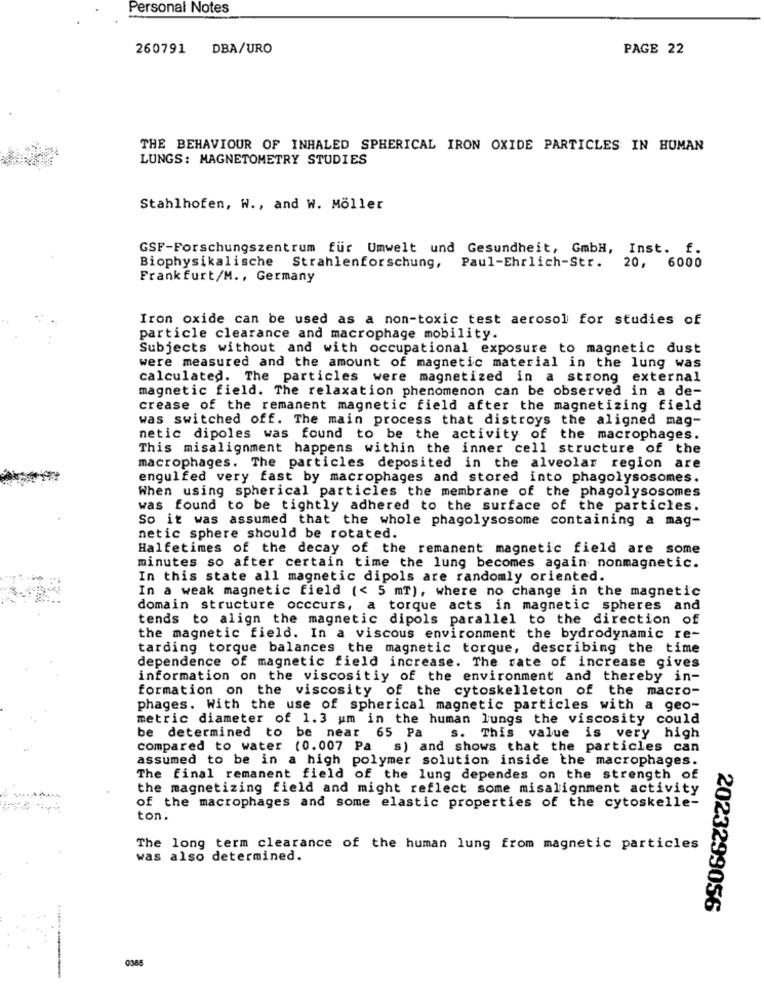
Personal Notes
260791 DBA/URO
PAGE 22
THE BEHAVIOUR OF INHALED SPHERICAL IRON OXIDE PARTICLES IN HUMAN
LUNGS: MAGNETOMETRY STUDIES
Stahlhofen, W ., and W. Möller
GSF-Forschungszentrum für Umwelt und Gesundheit, GmbH, Inst. f.
Biophysikalische Strahlenforschung, Paul-Ehrlich-Str.
20, 6000
Frankfurt/M ., Germany
Iron oxide can be used as a non-toxic test aerosol for studies of
particle clearance and macrophage mobility.
Subjects without and with occupational exposure to magnetic dust
were measured and the amount of magnetic material in the lung was
calculated. The particles were magnetized in a strong external
magnetic field. The relaxation phenomenon can be observed in a de-
crease of the remanent magnetic field after the magnetizing field
was switched off. The main process that distroys the aligned mag-
netic dipoles was found to be the activity of the macrophages.
This misalignment happens within the inner cell structure of the
macrophages. The particles deposited in the alveolar region are
engulfed very fast by macrophages and stored into phagolysosomes.
When using spherical particles the membrane of the phagolysosomes
was found to be tightly adhered to the surface of the particles.
So it was assumed that the whole phagolysosome containing a mag-
netic sphere should be rotated.
Halfetimes of the decay of the remanent magnetic field are some
minutes so after certain time the lung becomes again nonmagnetic.
In this state all magnetic dipols are randomly oriented.
In a weak magnetic field (< 5 mT), where no change in the magnetic
domain structure occcurs, a torque acts in magnetic spheres and
tends to align the magnetic dipols parallel to the direction of
the magnetic field. In a viscous environment the bydrodynamic re-
tarding torque balances the magnetic torque, describing the time
dependence of magnetic field increase. The rate of increase gives
information on the viscositiy of the environment and thereby in-
formation on the viscosity of the cytoskelleton of the macro-
phages. With the use of spherical magnetic particles with a geo-
metric diameter of 1.3 um in the human lungs the viscosity could
be determined to be near 65 Pa
s. This value is very high
compared to water (0.007 Pa s) and shows that the particles can
assumed to be in a high polymer solution inside the macrophages.
The final remanent field of the lung dependes on the strength of
the magnetizing field and might reflect some misalignment activity
of the macrophages and some elastic properties of the cytoskelle-
ton.
The long term clearance of the human lung from magnetic particles
was also determined.
2023299056
0385